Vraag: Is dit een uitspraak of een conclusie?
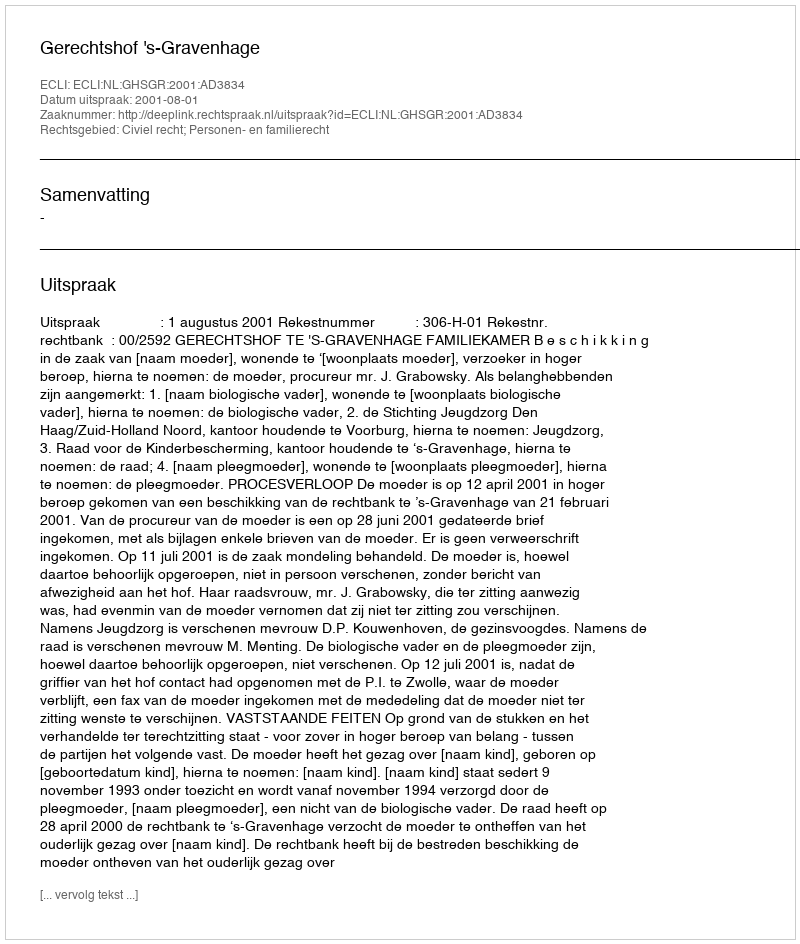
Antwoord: Uitspraak